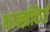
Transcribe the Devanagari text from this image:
मान्झीकेर्त